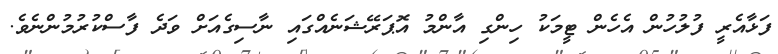
ފަޅާއެރީ ފުލުހުން އެހެން ޓީމަކު ހިންގި އާންމު އޮޕަރޭޝަނެއްގައި ނާސިގެއަށް ވަދެ ފާސްކުރުމުންނެވެ.